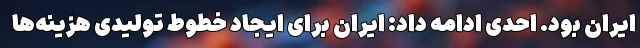
ایران بود. احدی ادامه داد: ایران برای ایجاد خطوط تولیدی هزینه‌ها